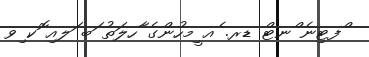
ްފޓިނެ ްނޓް ޑރ. ެއ ީމހުންގެ ާހލަތު ަބ ަލއި ޮކ ިވ